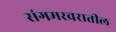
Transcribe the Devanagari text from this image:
संगमरवरातील